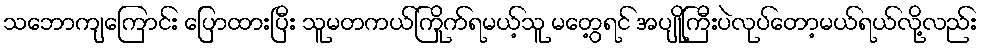
သဘောကျကြောင်း ပြောထားပြီး သူမတကယ်ကြိုက်ရမယ့်သူ မတွေ့ရင် အပျိုကြီးပဲလုပ်တော့မယ်ရယ်လို့လည်း